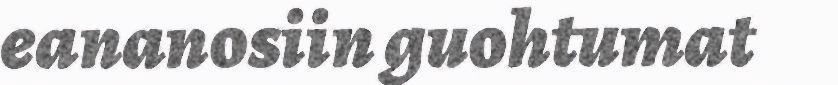
eananosiin guohtumat